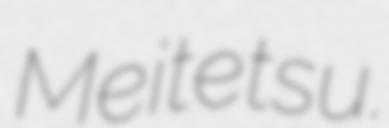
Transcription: Meitetsu.